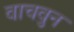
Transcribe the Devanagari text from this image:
वाचवुन